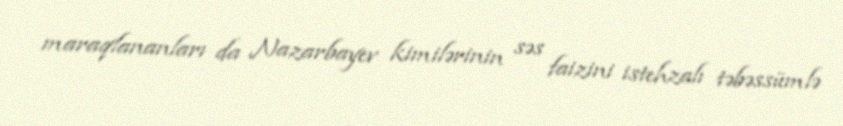
maraqlananları da Nazarbayev kimilərinin səs faizini istehzalı təbəssümlə